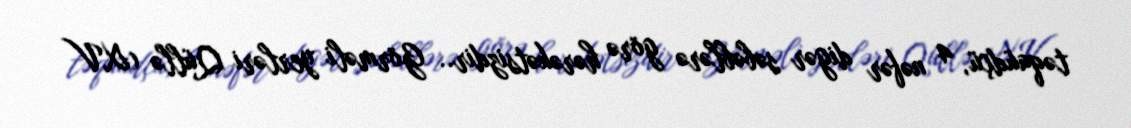
təqaüdçü, 4 nəfər digər səbəblərə görə hərəkətsizdir.. Görməli yerləri Qüllə (XV